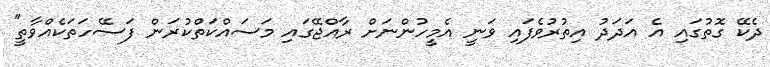
ދެކޭ ގޮތުގައި އެ އަދަދު އިތުރުވެފައި ވަނީ އެމީހުންނަށް ރާއްޖޭގައި މަސައްކަތްކުރަން ފަސޭހަތަކެއްވާތީ''